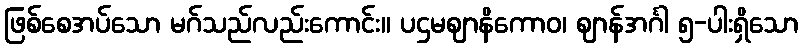
ဖြစ်စေအပ်သော မဂ်သည်လည်းကောင်း။ ပဌမဈာနိကောဝ၊ ဈာန်အင်္ဂါ ၅-ပါးရှိသော